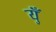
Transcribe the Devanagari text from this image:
युँ